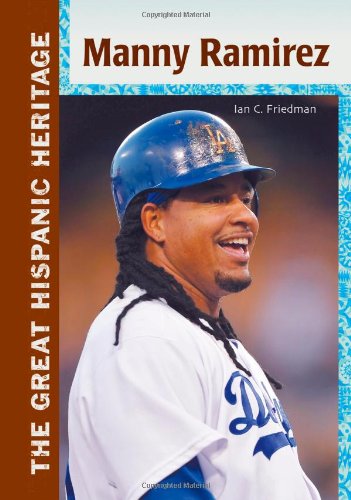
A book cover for Manny Ramirez (The Great Hispanic Heritage); Ian C. Friedman; Teen & Young Adult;